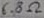
Text: 6.8Ω